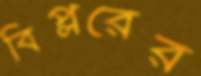
বিপ্লরের